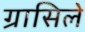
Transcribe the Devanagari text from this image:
ग्रासिले